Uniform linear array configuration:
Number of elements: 12
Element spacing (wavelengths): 0.75
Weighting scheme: uniform
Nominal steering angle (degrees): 15
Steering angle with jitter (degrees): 13.99
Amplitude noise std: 0.05
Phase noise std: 0.05

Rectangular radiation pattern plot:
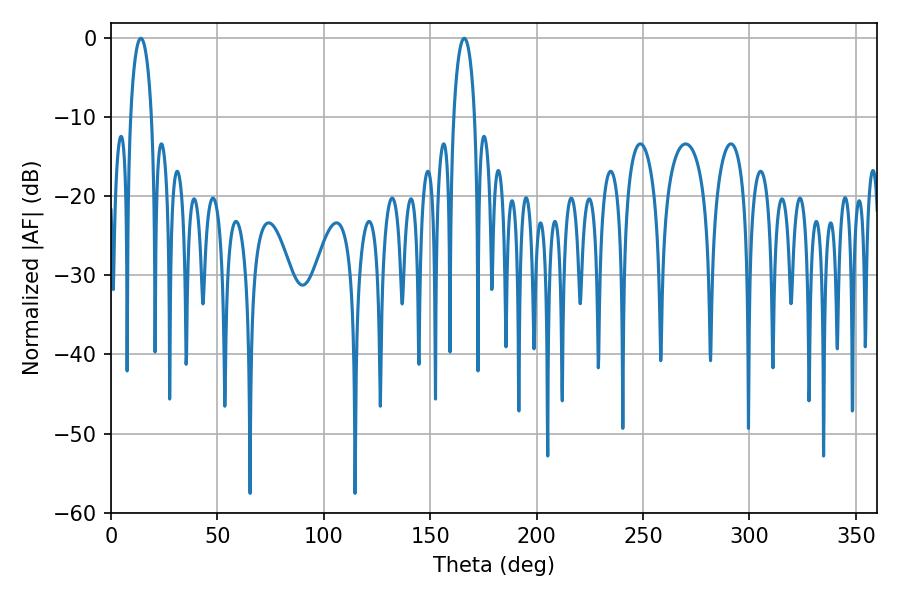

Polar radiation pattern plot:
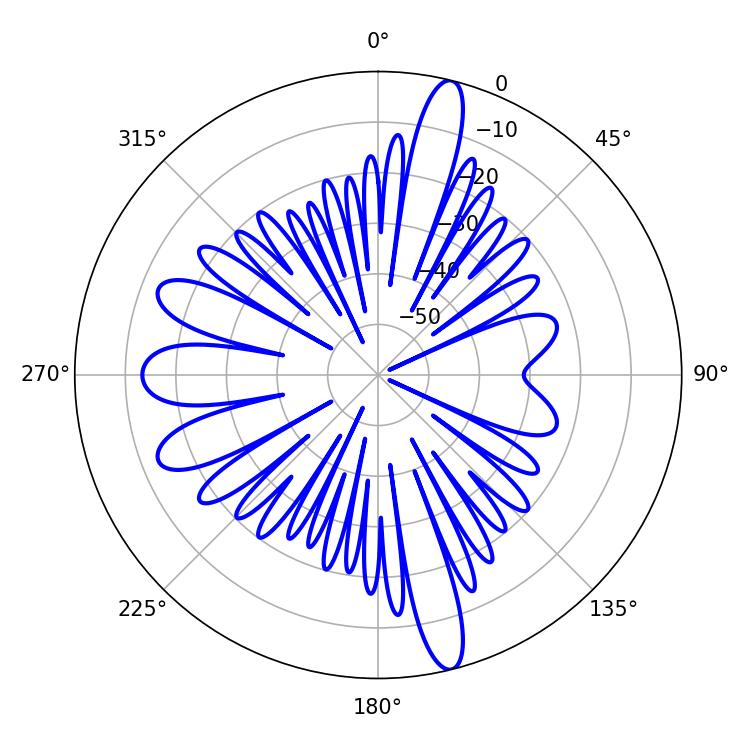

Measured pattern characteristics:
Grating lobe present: TRUE
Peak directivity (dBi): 18.177
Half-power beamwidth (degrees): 5.76
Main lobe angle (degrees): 14.04